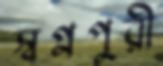
স্বপ্নপুরী